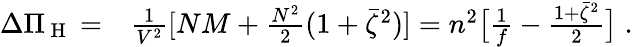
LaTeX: \begin{array}{rl}{\Delta\Pi_{\mathrm{~H~}}=}&{{}\frac{1}{V^{2}}[NM+\frac{N^{2}}{2}(1+\bar{\zeta}^{2})]=n^{2}\big[\frac{1}{f}-\frac{1+\bar{\zeta}^{2}}{2}\big]\; .}\end{array}